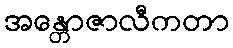
အန္တောဇာလီကတာ